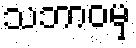
သဘာဝမှ